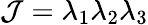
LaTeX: \mathcal{J}={\lambda}_{1}{\lambda}_{2}{\lambda}_{3}